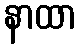
နာထာ